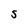
Character: S